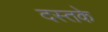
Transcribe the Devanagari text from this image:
दस्तके